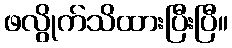
ဖလွိုက်သိထားပြီးပြီ။